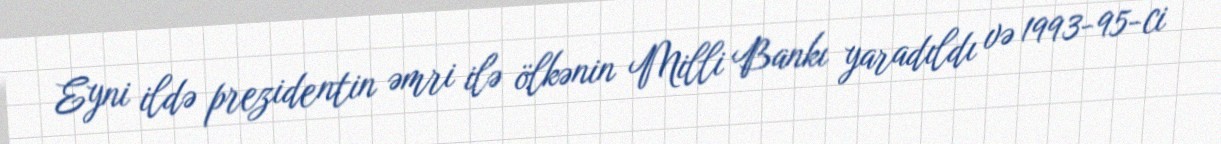
Eyni ildə prezidentin əmri ilə ölkənin Milli Bankı yaradıldı və 1993-95-ci